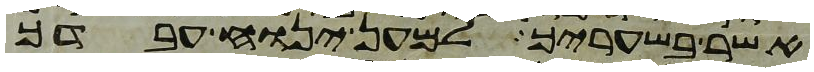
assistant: אשר בשעריך למען ינוח עבדך